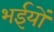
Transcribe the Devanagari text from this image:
भईयों